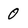
Character: 0